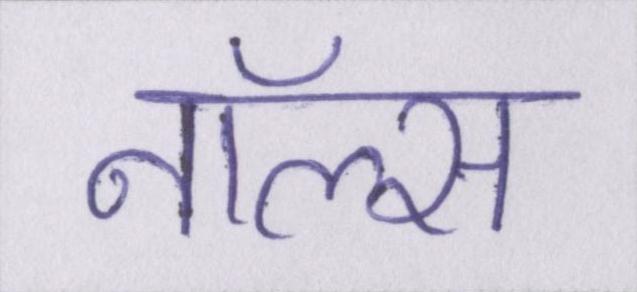
नॉल्स